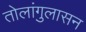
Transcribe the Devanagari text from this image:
तोलांगुलासन